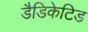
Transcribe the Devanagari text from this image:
डैडिकेटिड